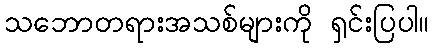
သဘောတရားအသစ်များကို ရှင်းပြပါ။